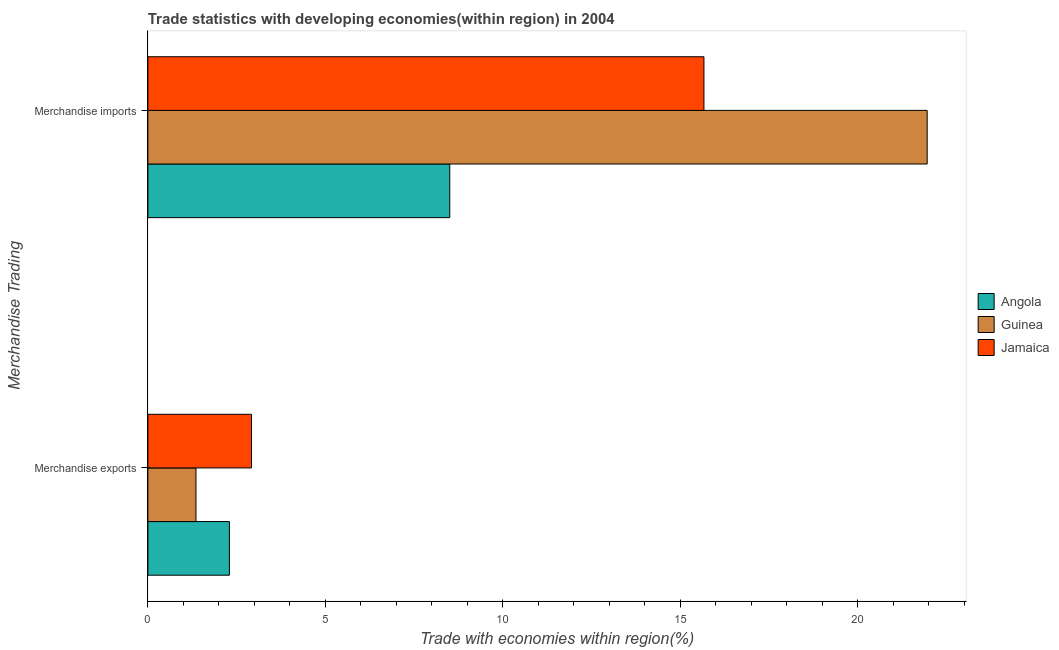
| Merchandise Trading | Angola | Guinea | Jamaica |
 | --- | --- | --- | --- |
 | Merchandise exports | 2.3 | 1.35 | 2.92 |
 | Merchandise imports | 8.5 | 21.9 | 15.7 |